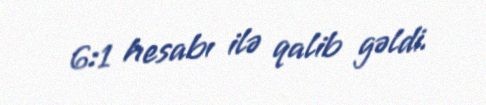
6:1 hesabı ilə qalib gəldi.